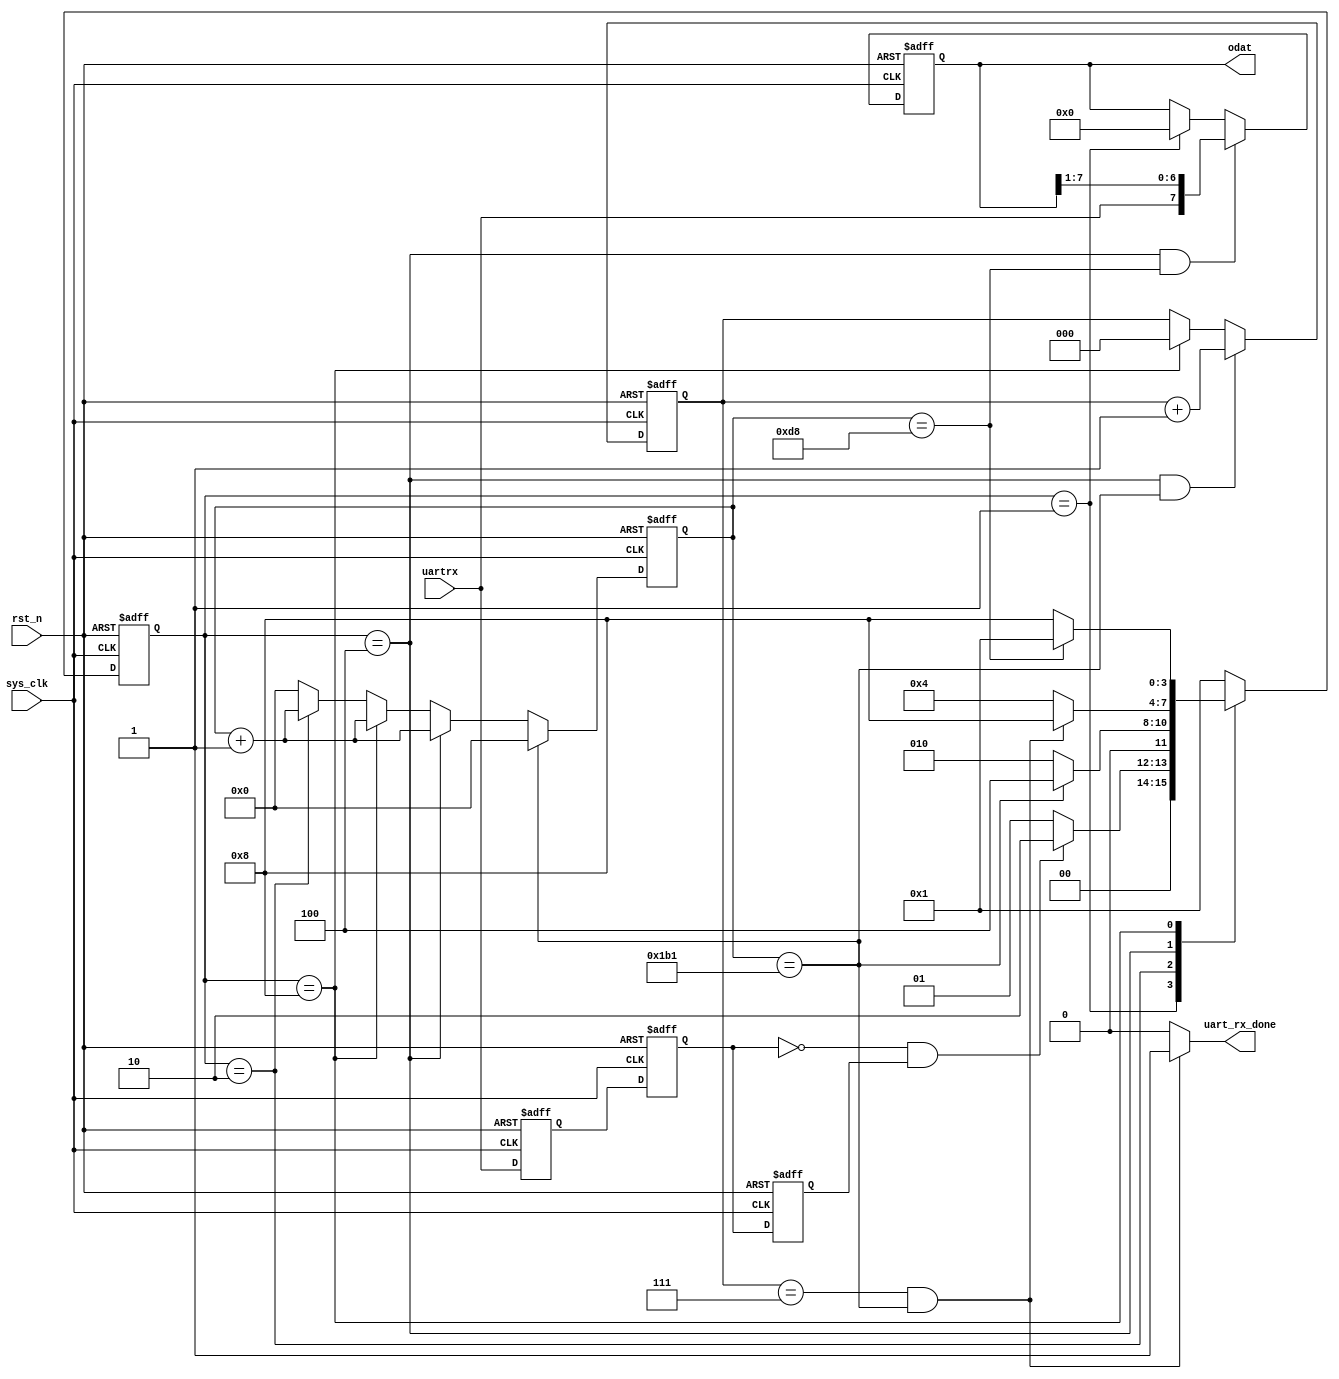
`timescale 1ns/1ps

/*
 : ValentineHP
 :   FPGA
*/






/**/
module UART_RX(
    input          sys_clk,        /* 50M*/
    input          rst_n,          /**/

    output         uart_rx_done,   /**/
    output[7:0]    odat,           /**/

    input          uartrx         /*uart rx*/
);

parameter  UARTBaud = 'd115200;     /**/
localparam UARTCLKPer = (('d1000_000_000 / UARTBaud) /20) -1;   /*Bit*/

localparam  UART_Idle       =   4'b0001;    /**/
localparam  UART_Start      =   4'b0010;    /**/
localparam  UART_Data       =   4'b0100;    /**/
localparam  UART_Stop       =   4'b1000;    /**/

reg[3:0]    state , next_state;
reg[19:0]   UARTCnt;           /**/


reg[7:0]    UART_RxData_Reg;   /**/
reg[2:0]    UART_Bit;          /*bit*/

/*rx*/
reg uartrxd0,uartrxd1,uartrxd2;
/*rx */
wire  uartrxPosedge , uartrxNegedge;

assign uartrxPosedge = (uartrxd1) & ( ~uartrxd2);
assign uartrxNegedge = (~uartrxd1) & ( uartrxd2);


assign uart_rx_done = (UART_Bit == 'd7 && UARTCnt == UARTCLKPer) ? 1'b1 : 1'b0;
assign odat         = UART_RxData_Reg;

/*rx*/
always@(posedge sys_clk or negedge rst_n)
begin
    if(rst_n == 1'b0) 
    begin
        uartrxd0 <= 1'b1;
        uartrxd1 <= 1'b1;
        uartrxd2 <= 1'b1;
    end
    else 
    begin
        uartrxd0 <= uartrx;
        uartrxd1 <= uartrxd0;
        uartrxd2 <= uartrxd1;
    end
end


always@(posedge sys_clk or negedge rst_n)
begin
    if(rst_n == 1'b0)
        state <= UART_Idle;
    else
        state <= next_state;
end
/**/
always@(*)
begin
    case(state)
    UART_Idle:
        if(uartrxNegedge == 1'b1)
            next_state <= UART_Start;
        else
            next_state <= UART_Idle;
    UART_Start:
        if(UARTCnt == UARTCLKPer)
            next_state <= UART_Data;
        else
            next_state <= UART_Start;
    UART_Data:
        if(UART_Bit == 'd7 && UARTCnt == UARTCLKPer)
            next_state <= UART_Stop;
        else
            next_state <= UART_Data;
    UART_Stop:
        if(UARTCnt == (UARTCLKPer / 2))
            next_state <= UART_Idle;
        else
            next_state <= UART_Stop;
    default: next_state <= UART_Idle;
    endcase
end



/*Bit*/
always@(posedge sys_clk or negedge rst_n)
begin
    if(rst_n == 1'b0)
        UARTCnt <= 'd0;
    else if(UARTCnt == UARTCLKPer)
        UARTCnt <= 'd0;
    else if(state == UART_Data)
        UARTCnt <= UARTCnt + 1'b1;
    else if(state == UART_Stop)
        UARTCnt <= UARTCnt + 1'b1;
    else if(state == UART_Start)
        UARTCnt <= UARTCnt + 1'b1;
    else
        UARTCnt <= 'd0;
end


/*bit*/
always@(posedge sys_clk or negedge rst_n)
begin
    if(rst_n == 1'b0)
        UART_Bit <= 'd0;
    else if(state == UART_Data && UARTCnt == UARTCLKPer)
        UART_Bit <= UART_Bit + 1'b1;
    else if(state == UART_Stop)
        UART_Bit <= 'd0;
    else 
        UART_Bit <= UART_Bit;
end


/**/
always@(posedge sys_clk or negedge rst_n)
begin
    if(rst_n == 1'b0)
        UART_RxData_Reg <= 'd0;
    else if(state == UART_Data && UARTCnt == (UARTCLKPer / 2))
        UART_RxData_Reg <= {uartrx,UART_RxData_Reg[7:1]};   /**/
    else if(state == UART_Idle)
        UART_RxData_Reg <= 'd0;
    else
        UART_RxData_Reg <= UART_RxData_Reg;
end


endmodule